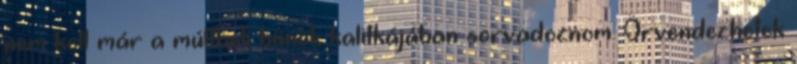
nem kell már a múltbeli bűnök kalitkájában sorvadoznom. Örvendezhetek